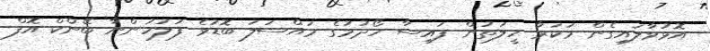
އޮޅުވާލައިގެން މަކަރާ ހީލަތުން ފައިސާ ހޯދުމުގެ މައްސަލަ ބޮޑުވެ ފުލުހުންނާ ބޭންކް އޮފް